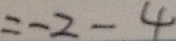
= - 2 - 4